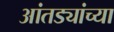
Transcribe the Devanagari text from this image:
आंतड्यांच्या